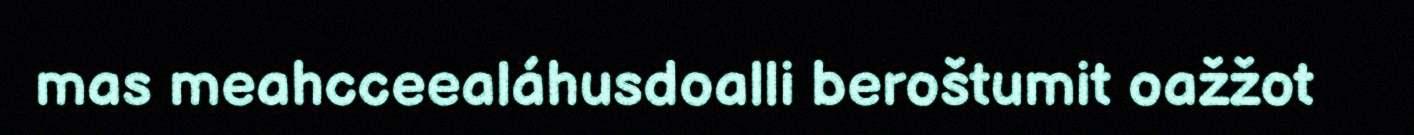
mas meahcceealáhusdoalli beroštumit oažžot